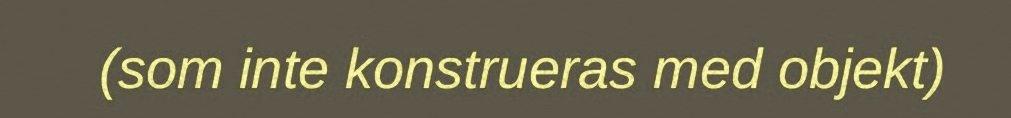
(som inte konstrueras med objekt)